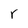
Character: r